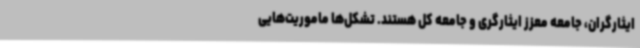
ایثارگران، جامعه معزز ایثارگری و جامعه کل هستند. تشکل‌ها ماموریت‌هایی